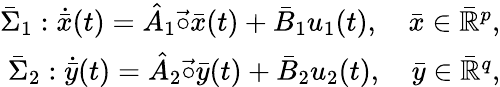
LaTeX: \begin{array}{r}{\bar{\Sigma}_{1}:\dot{\bar{x}}(t)=\hat{A}_{1}\vec{\circ}\bar{x}(t)+\bar{B}_{1}u_{1}(t),\quad\bar{x}\in\bar{\mathbb{R}}^{p},}\\ {\bar{\Sigma}_{2}:\dot{\bar{y}}(t)=\hat{A}_{2}\vec{\circ}\bar{y}(t)+\bar{B}_{2}u_{2}(t),\quad\bar{y}\in\bar{\mathbb{R}}^{q},}\end{array}